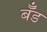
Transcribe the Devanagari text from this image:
बॅँड